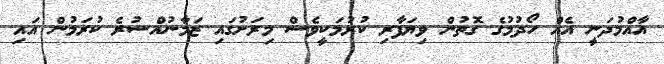
އާއްމުދަނީ އެއް ހޯދުމުގެ ގޮތުން ވިޔަފާރި ކުރުމަކީވެސް މިރަށުގައި ޒަމާނުއްސުރެ ކުރަމުން އައި